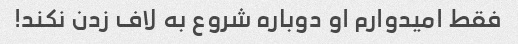
فقط امیدوارم او دوباره شروع به لاف زدن نکند!